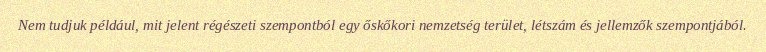
Nem tudjuk például, mit jelent régészeti szempontból egy őskőkori nemzetség terület, létszám és jellemzők szempontjából.